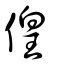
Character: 偟